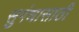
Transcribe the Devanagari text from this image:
सुगंधासाठी